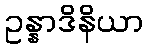
ဥန္နာဒိနိယာ